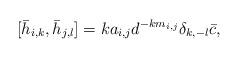
LaTeX: \begin{align*} [\bar{h}_{i,k}, \bar{h}_{j,l}]=ka_{i,j}d^{-km_{i,j}}\delta_{k,-l}\bar{c},\end{align*}